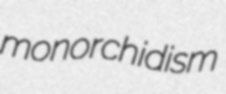
monorchidism